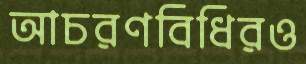
আচরণবিধিরও